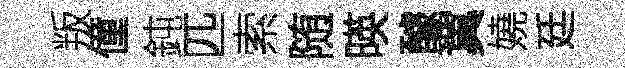
叛僮鈍匹索随暎醵翼嬈廷